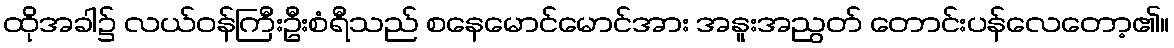
ထိုအခါ၌ လယ်ဝန်ကြီးဦးစံရီသည် စနေမောင်မောင်အား အနူးအညွတ် တောင်းပန်လေတော့၏။